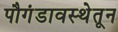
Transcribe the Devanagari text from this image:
पौगंडावस्थेतून